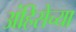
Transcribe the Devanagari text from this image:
अंहिसेच्या